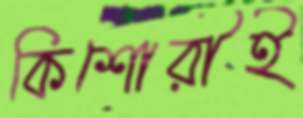
কিশোরীই